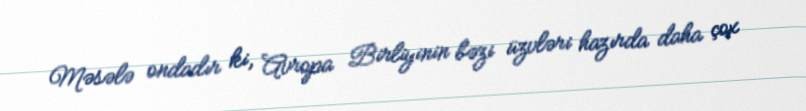
Məsələ ondadır ki, Avropa Birliyinin bəzi üzvləri hazırda daha çox